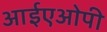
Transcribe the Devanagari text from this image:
आईएओपी